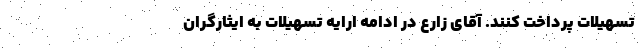
تسهیلات پرداخت کنند. آقای زارع در ادامه ارایه تسهیلات به ایثارگران